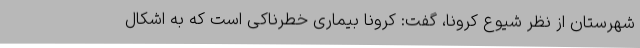
شهرستان از نظر شیوع کرونا، گفت: کرونا بیماری خطرناکی است که به اشکال